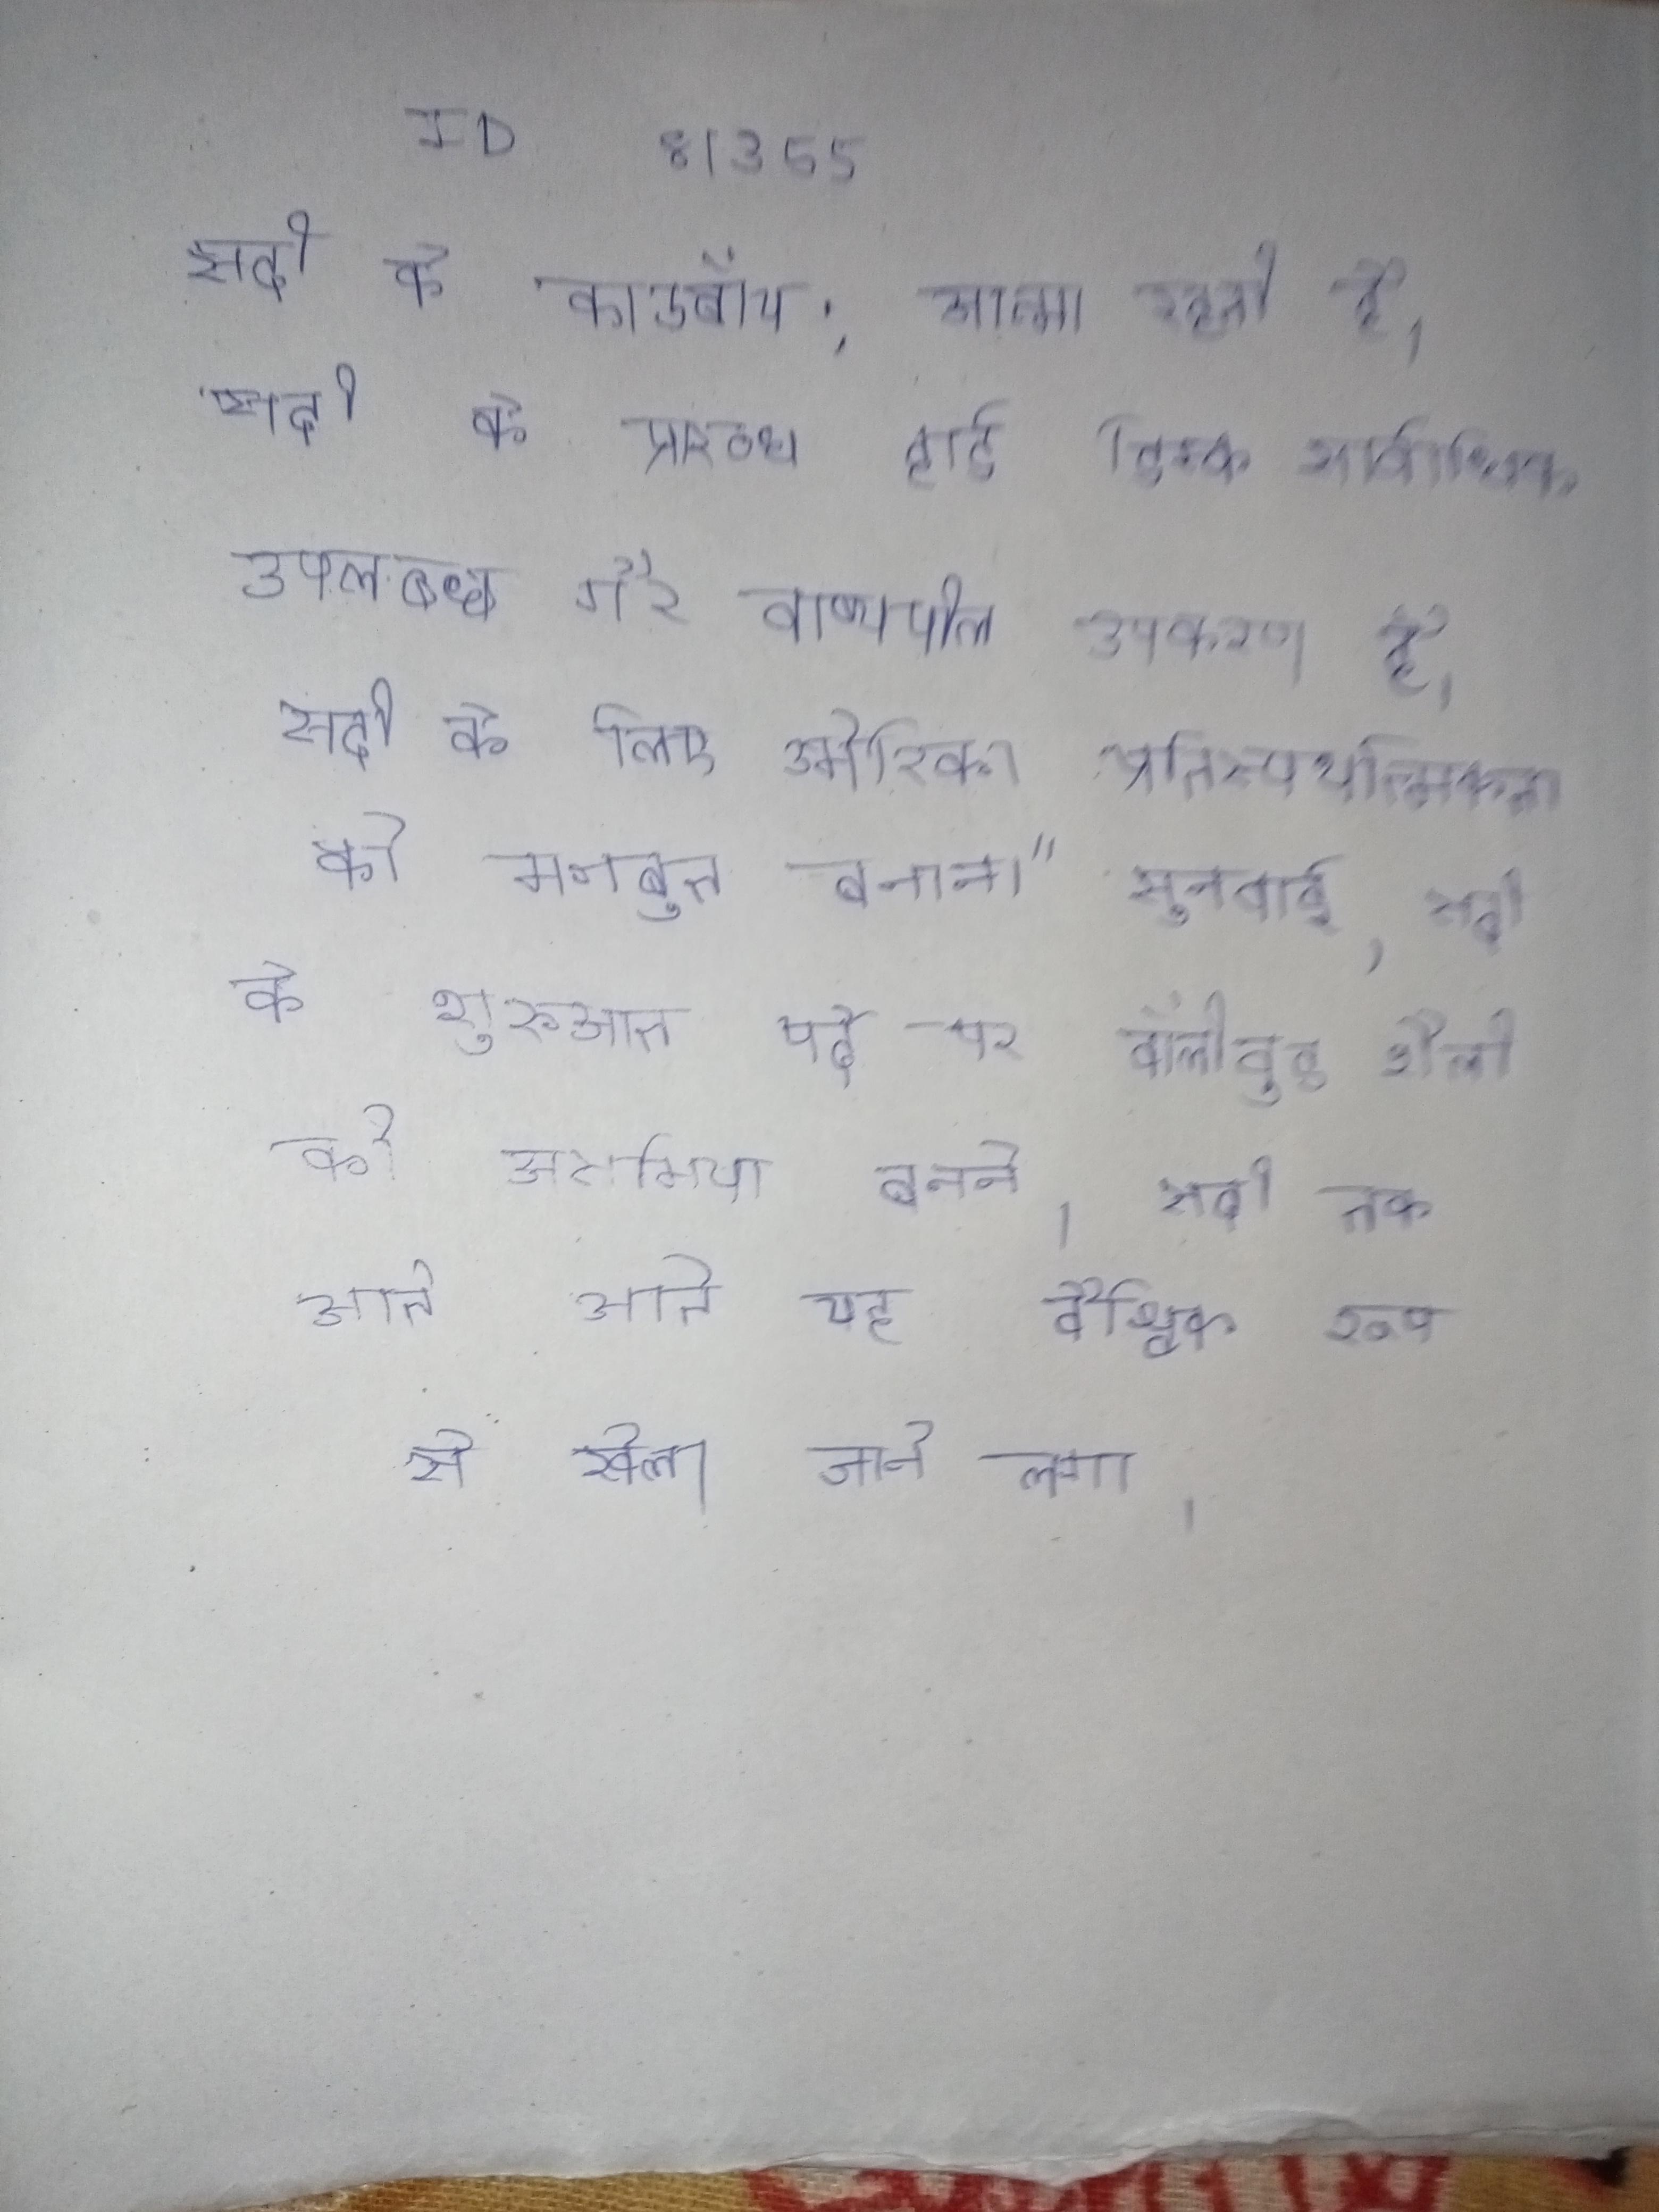
सदी के काउबॉय: आत्मा रहती है।" सदी के प्रारब्ध हार्ड डिस्क सार्वाधिक उपलब्ध गैर वाष्पषील उपकरण है । सदी के लिए अमेरिकी प्रतिस्पर्धात्मकता को मजबूत बनाना" सुनवाई . सदी के शुरुआत पर्दे पर बॉलीवुड शैली की असमिया बनने । सदी तक आते-आते यह वैश्विक रूप से खेला जाने लगा ।